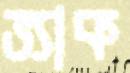
ভ্যাক